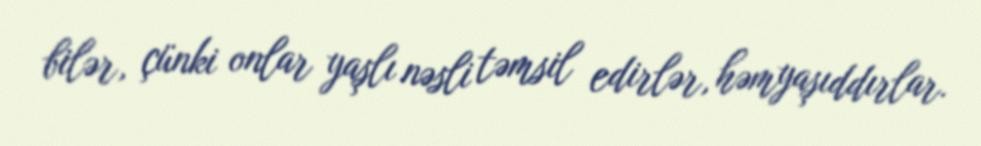
bilər, çünki onlar yaşlı nəsli təmsil edirlər, həmyaşıddırlar.